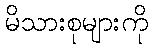
မိသားစုများကို